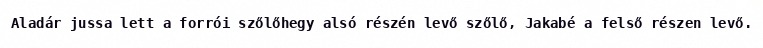
Aladár jussa lett a forrói szőlőhegy alsó részén levő szőlő, Jakabé a felső részen levő.